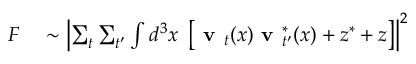
\begin{array} { r l } { F } & { { } \sim \left| \sum _ { t } \sum _ { t ^ { \prime } } \int d ^ { 3 } x \ \left[ \textbf { v } _ { t } ( x ) \textbf { v } _ { t ^ { \prime } } ^ { * } ( x ) + z ^ { * } + z \right] \right| ^ { 2 } } \end{array}